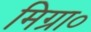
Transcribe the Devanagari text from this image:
मिग्रा०